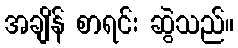
အချိန် စာရင်း ဆွဲသည်။